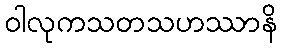
ဝါလုကသတသဟဿာနိ